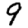
Digit: 9